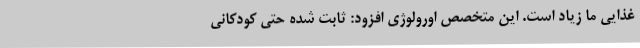
غذایی ما زیاد است. این متخصص اورولوژی افزود: ثابت شده حتی کودکانی